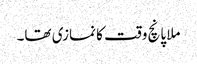
ملا پانچ وقت کا نمازی تھا۔